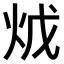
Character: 𤇦